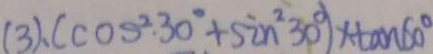
( 3 ) 、 ( \cos ^ { \circ } 3 0 ^ { \circ } + \sin ^ { 2 } 3 0 ^ { \circ } ) \times \tan 6 0 ^ { \circ }